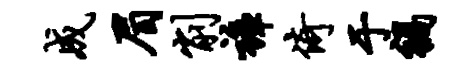
成眉削裤倚于祸